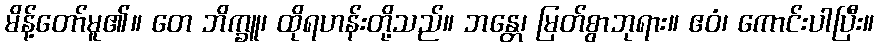
မိန့်တော်မူ၏။ တေ ဘိက္ခူ၊ ထိုရဟန်းတို့သည်။ ဘန္တေ၊ မြတ်စွာဘုရား။ ဧဝံ၊ ကောင်းပါပြီး။